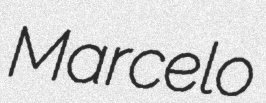
Marcelo